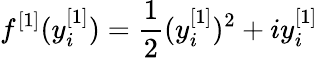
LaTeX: f^{[1]}(y_{i}^{[1]})=\frac{1}{2}(y_{i}^{[1]})^{2}+iy_{i}^{[1]}